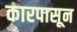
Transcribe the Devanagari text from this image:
कारपासून